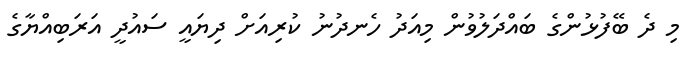
މި ދެ ބޭފުޅުންގެ ބައްދަލުވުން މިއަދު ހެނދުނު ކުރިއަށް ދިޔައީ ސައުދީ އަރަބިއްޔާގެ